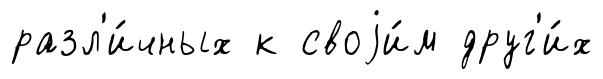
разл'и́чных к своjи́м друг'и́х